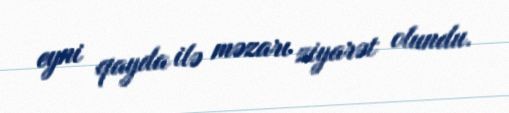
eyni qayda ilə məzarı ziyarət olundu.